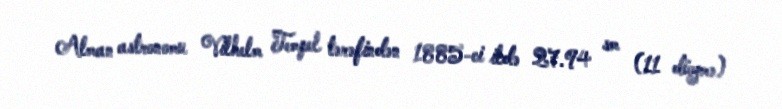
Alman astronomu Vilhelm Tempel tərəfindən 1885-ci ildə 27.94 sm (11 düymə)